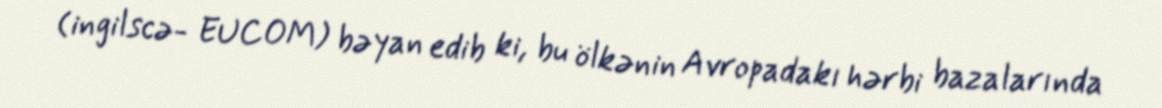
(ingilscə- EUCOM) bəyan edib ki, bu ölkənin Avropadakı hərbi bazalarında